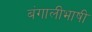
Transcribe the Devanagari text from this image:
बंगालीभाषी